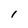
Character: 1